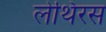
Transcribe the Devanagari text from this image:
लेथिरस